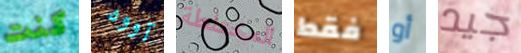
كنت آووه المختلطة فقط أو جيد